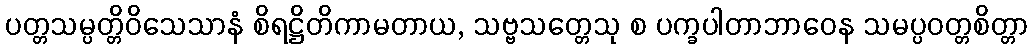
ပတ္တသမ္ပတ္တိဝိသေသာနံ စိရဋ္ဌိတိကာမတာယ, သဗ္ဗသတ္တေသု စ ပက္ခပါတာဘာဝေန သမပ္ပဝတ္တစိတ္တာ